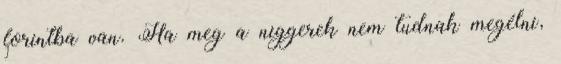
forintba van. Ha meg a niggerek nem tudnak megélni,